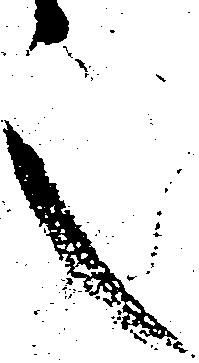
之